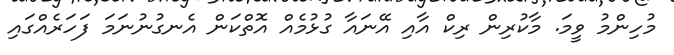
މުހިންމު ވީމަ. މާކުރިން ރިކް އާއި އޭނައާ ގުޅުމެއް އޮތްކަން އެނގުނުނަމަ ފަހަރެއްގައި